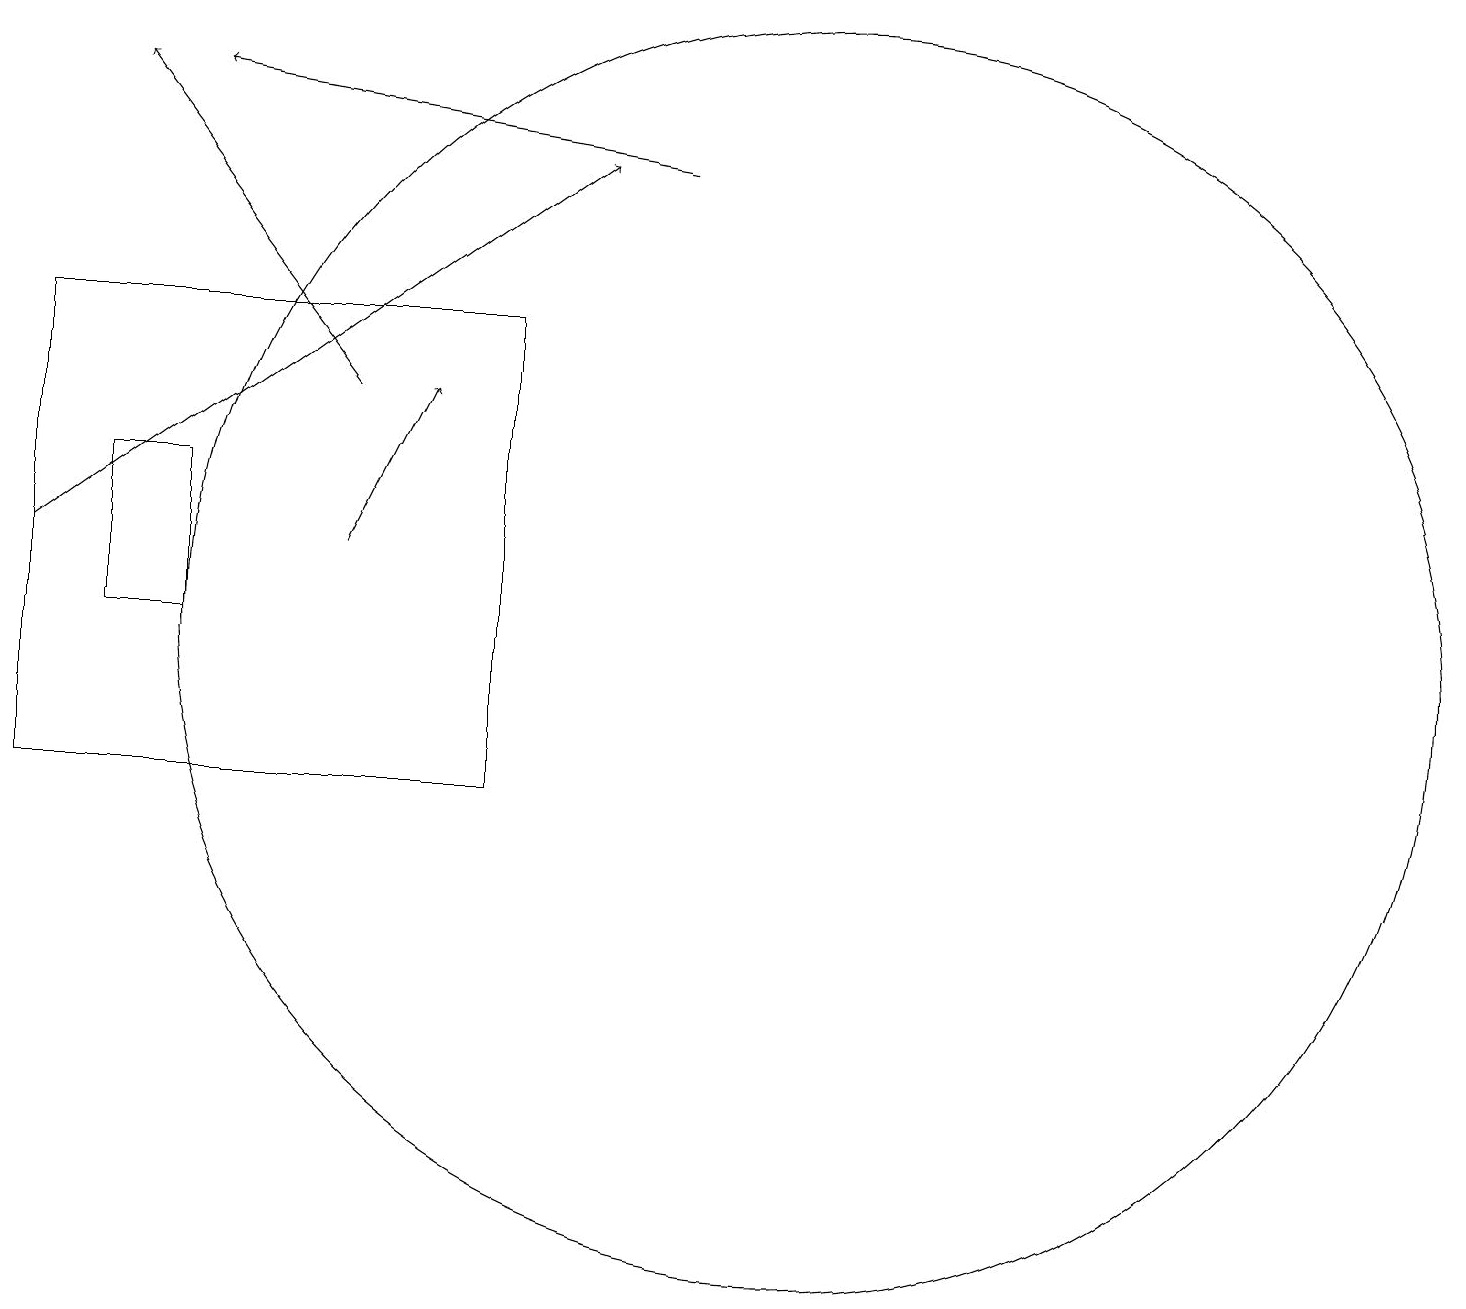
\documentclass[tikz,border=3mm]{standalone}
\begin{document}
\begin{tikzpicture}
\draw[->] (4,15) -- (1,19);
\draw[->] (4,13) -- (5,15);
\draw[->] (0,13) -- (7,18);
\draw (0,16) rectangle (6,10);
\draw (2,12) rectangle (1,14);
\draw (10,12) circle (8);
\draw[->] (8,18) -- (2,19);
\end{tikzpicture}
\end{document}